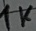
Text: 1K